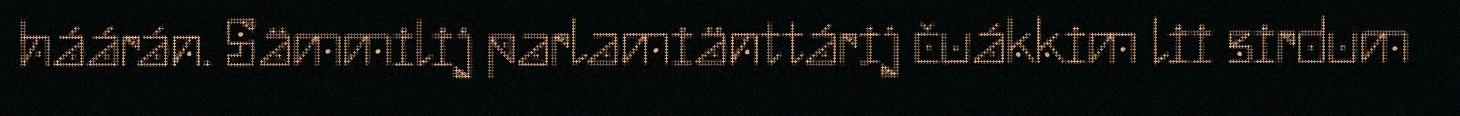
háárán. Sämmilij parlamiänttárij čuákkim lii sirdum